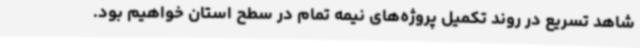
شاهد تسریع در روند تکمیل پروژه‌های نیمه تمام در سطح استان خواهیم بود.